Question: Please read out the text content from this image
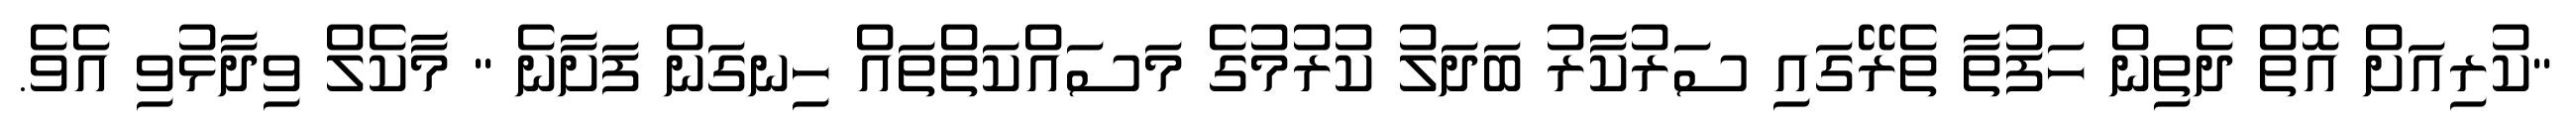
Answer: "ކުރިއަށް އޮތް ދެތިން ހަފުތާ ތެރޭގައި ސަރުކާރު ބަދަލު ކުރުމުގެ މަސައްކަތްތައް ހިނގަން ފަށާނެ " މާކެލް ވިދާޅުވި އެވެ.